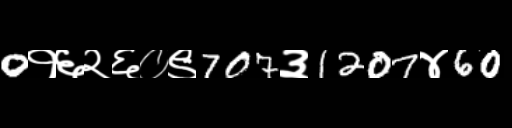
Text: 0१६२६०९707३1207४60